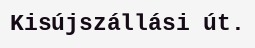
Kisújszállási út.